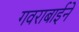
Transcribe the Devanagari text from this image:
गवराबाईने